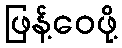
ဖြန့်ဝေဖို့